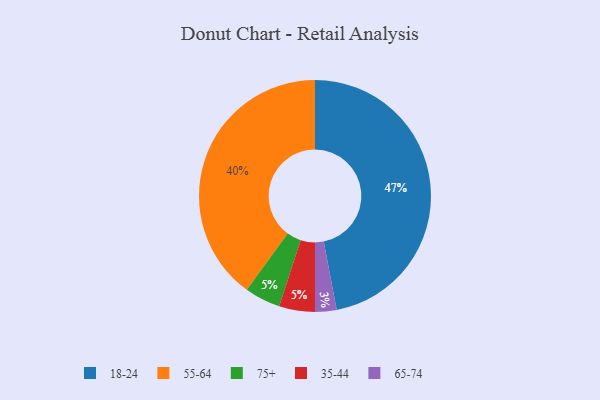
{"axis": {"x": "Category", "y": "Percentage"}, "legend": ["18-24", "35-44", "55-64", "65-74", "75+"], "data": [{"x": "75+", "y": 5, "type": "75+"}, {"x": "18-24", "y": 47, "type": "18-24"}, {"x": "65-74", "y": 3, "type": "65-74"}, {"x": "55-64", "y": 40, "type": "55-64"}, {"x": "35-44", "y": 5, "type": "35-44"}]}